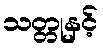
သတ္တုနှင့်